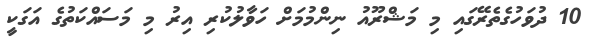
10 ދުވަހުގެތެރޭގައި މި މަޝްރޫއު ނިންމުމަށް ހަވާލުކުރި އިރު މި މަސައްކަތުގެ އަގަކީ